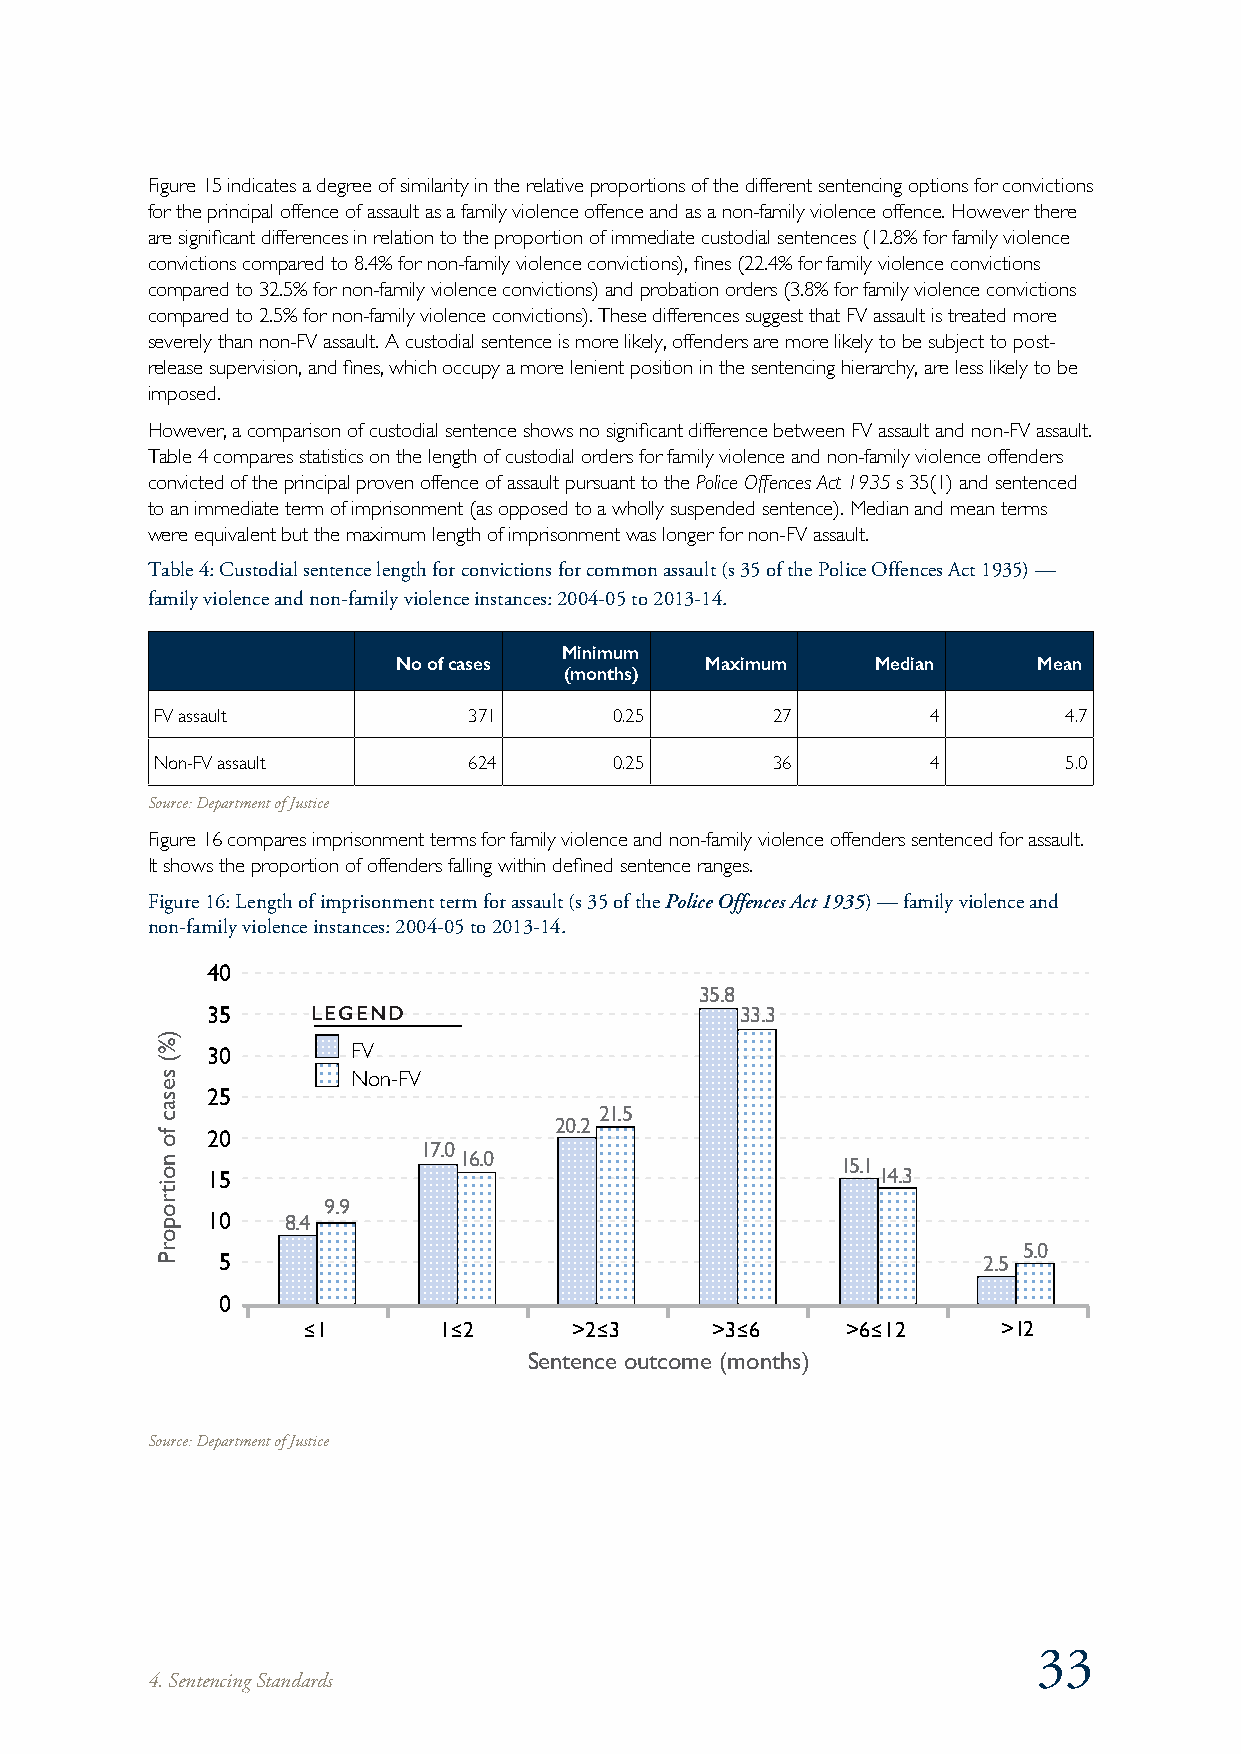
Figure 15 indicates a degree of similarity in the relative proportions of the different sentencing options for convictions
 for the principal offence of assault as a family violence offence and as a non-family violence offence. However there
 are significant differences in relation to the proportion of immediate custodial sentences (12.8% for family violence
 convictions compared to 8.4% for non-family violence convictions), fines (22.4% for family violence convictions
 compared to 32.5% for non-family violence convictions) and probation orders (3.8% for family violence convictions
 compared to 2.5% for non-family violence convictions). These differences suggest that FV assault is treated more
 severely than non-FV assault. A custodial sentence is more likely, offenders are more likely to be subject to post-
 release supervision, and fines, which occupy a more lenient position in the sentencing hierarchy, are less likely to be
 imposed.
 However, a comparison of custodial sentence shows no significant difference between FV assault and non-FV assault.
 Table 4 compares statistics on the length of custodial orders for family violence and non-family violence offenders
 convicted of the principal proven offence of assault pursuant to the Police Offences Act 1935 s 35(1) and sentenced
 to an immediate term of imprisonment (as opposed to a wholly suspended sentence). Median and mean terms
 were equivalent but the maximum length of imprisonment was longer for non-FV assault.
 Table 4: Custodial sentence length for convictions for common assault (s 35 of the Police Offences Act 1935) —
 family violence and non-family violence instances: 2004-05 to 2013-14.
 Minimum
 No of cases          Maximum    Median     Mean
 (months)
 FV assault           371       0.25      27         4       4.7
 Non-FV assault       624       0.25      36         4       5.0
 Source: Department of Justice
 Figure 16 compares imprisonment terms for family violence and non-family violence offenders sentenced for assault.
 It shows the proportion of offenders falling within defined sentence ranges.
 Figure 16: Length of imprisonment term for assault (s 35 of the Police Offences Act 1935) — family violence and
 non-family violence instances: 2004-05 to 2013-14.
 40
 35.8
 35     LEGEND                      33.3
 30       FV
 Non-FV
 25
 21.5
 20.2
 20
 17.0
 16.0                      15.1
 15                                          14.3
 9.9
 10   8.4
 5.0
 5                                                  2.5
 0
 �1       1�2      >2�3     >3�6     >6�12     >12
 Sentence outcome (months)
 Source: Department of Justice
 33
 4. Sentencing Standards
 )%(
 sesac
 fo
 noitroporP